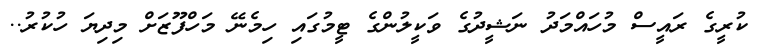
ކުރީގެ ރައީސް މުހައްމަދު ނަޝީދުގެ ވަކީލުންގެ ޓީމުގައި ހިމެނޭ މަހްފޫޒަށް މިދިޔަ ހުކުރު..